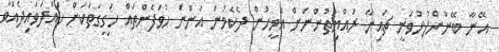
އޭނާ ބޭނުންފުޅުވަނީ ޗައިނާ ރައްޔިތުންނަށް އެމީހުން ދެކެމުން އަންނަ ހުވަފެންތައް ހަގީގަތަކަށް ހައްދަވައިދެއްވާ